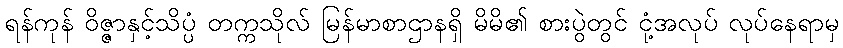
ရန်ကုန် ဝိဇ္ဇာနှင့်သိပ္ပံ တက္ကသိုလ် မြန်မာစာဌာနရှိ မိမိ၏ စားပွဲတွင် ငုံ့အလုပ် လုပ်နေရာမှ